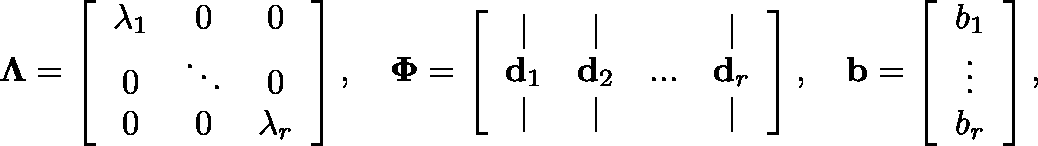
\mathbf { \Lambda } = \left[ \begin{array} { c c c } { \lambda _ { 1 } } & { 0 } & { 0 } \\ { 0 } & { \ddots } & { 0 } \\ { 0 } & { 0 } & { \lambda _ { r } } \end{array} \right] , \quad \mathbf { \Phi } = \left[ \begin{array} { c c c c } { | } & { | } & & { | } \\ { \mathbf { d } _ { 1 } } & { \mathbf { d } _ { 2 } } & { . . . } & { \mathbf { d } _ { r } } \\ { | } & { | } & & { | } \end{array} \right] , \quad \mathbf { \mathbf { b } } = \left[ \begin{array} { c } { b _ { 1 } } \\ { \vdots } \\ { b _ { r } } \end{array} \right] ,